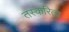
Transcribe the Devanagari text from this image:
तस्करिता